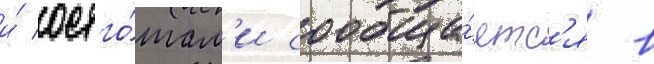
и́ остго́там'и сообща́етс'я в